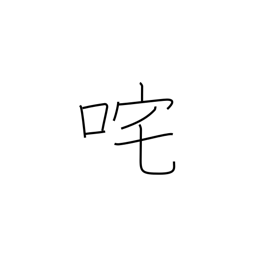
Meaning: upbraid